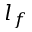
l _ { f }